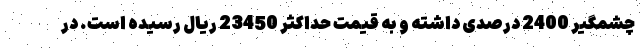
چشمگیر 2400 درصدی داشته و به قیمت حداکثر 23450 ریال رسیده است. در